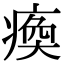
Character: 瘓